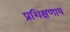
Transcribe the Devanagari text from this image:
प्रशिक्षणाय